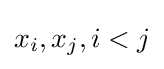
x_{i},x_{j},i<j